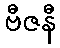
ဗီဇနီ